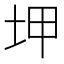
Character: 𡊠